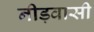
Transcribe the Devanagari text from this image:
नीड़वासी